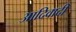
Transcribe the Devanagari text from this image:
आदिवादी